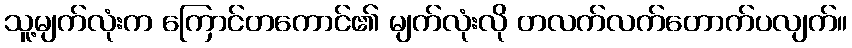
သူ့မျက်လုံးက ကြောင်တကောင်၏ မျက်လုံးလို တလက်လက်တောက်ပလျက်။